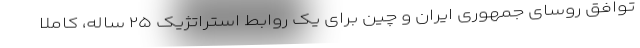
توافق روسای جمهوری ایران و چین برای یک روابط استراتژیک ۲۵ ساله، کاملا